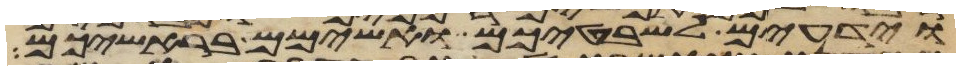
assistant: וידעים לשבטיכם ואשימם בראשיכם